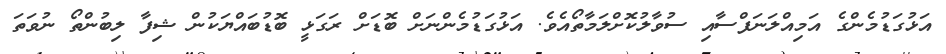
އަޅުގަޑުމެންގެ އަމިއްލަނަފްސާއި ސުވާލުކޮށްލަމާތޯއެވެ. އަޅުގަޑުމެންނަށް ބޮޑަށް ރަގަޅީ ބޮޑުބައްޔަކުން ޝިފާ ލިބުންތޯ ނުވަތަ